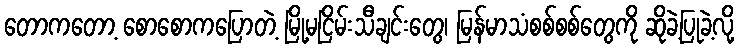
တောကတော့ စောစောကပြောတဲ့ မြို့မငြိမ်းသီချင်းတွေ၊ မြန်မာသံစစ်စစ်တွေကို ဆိုခဲ့ပြုခဲ့လို့